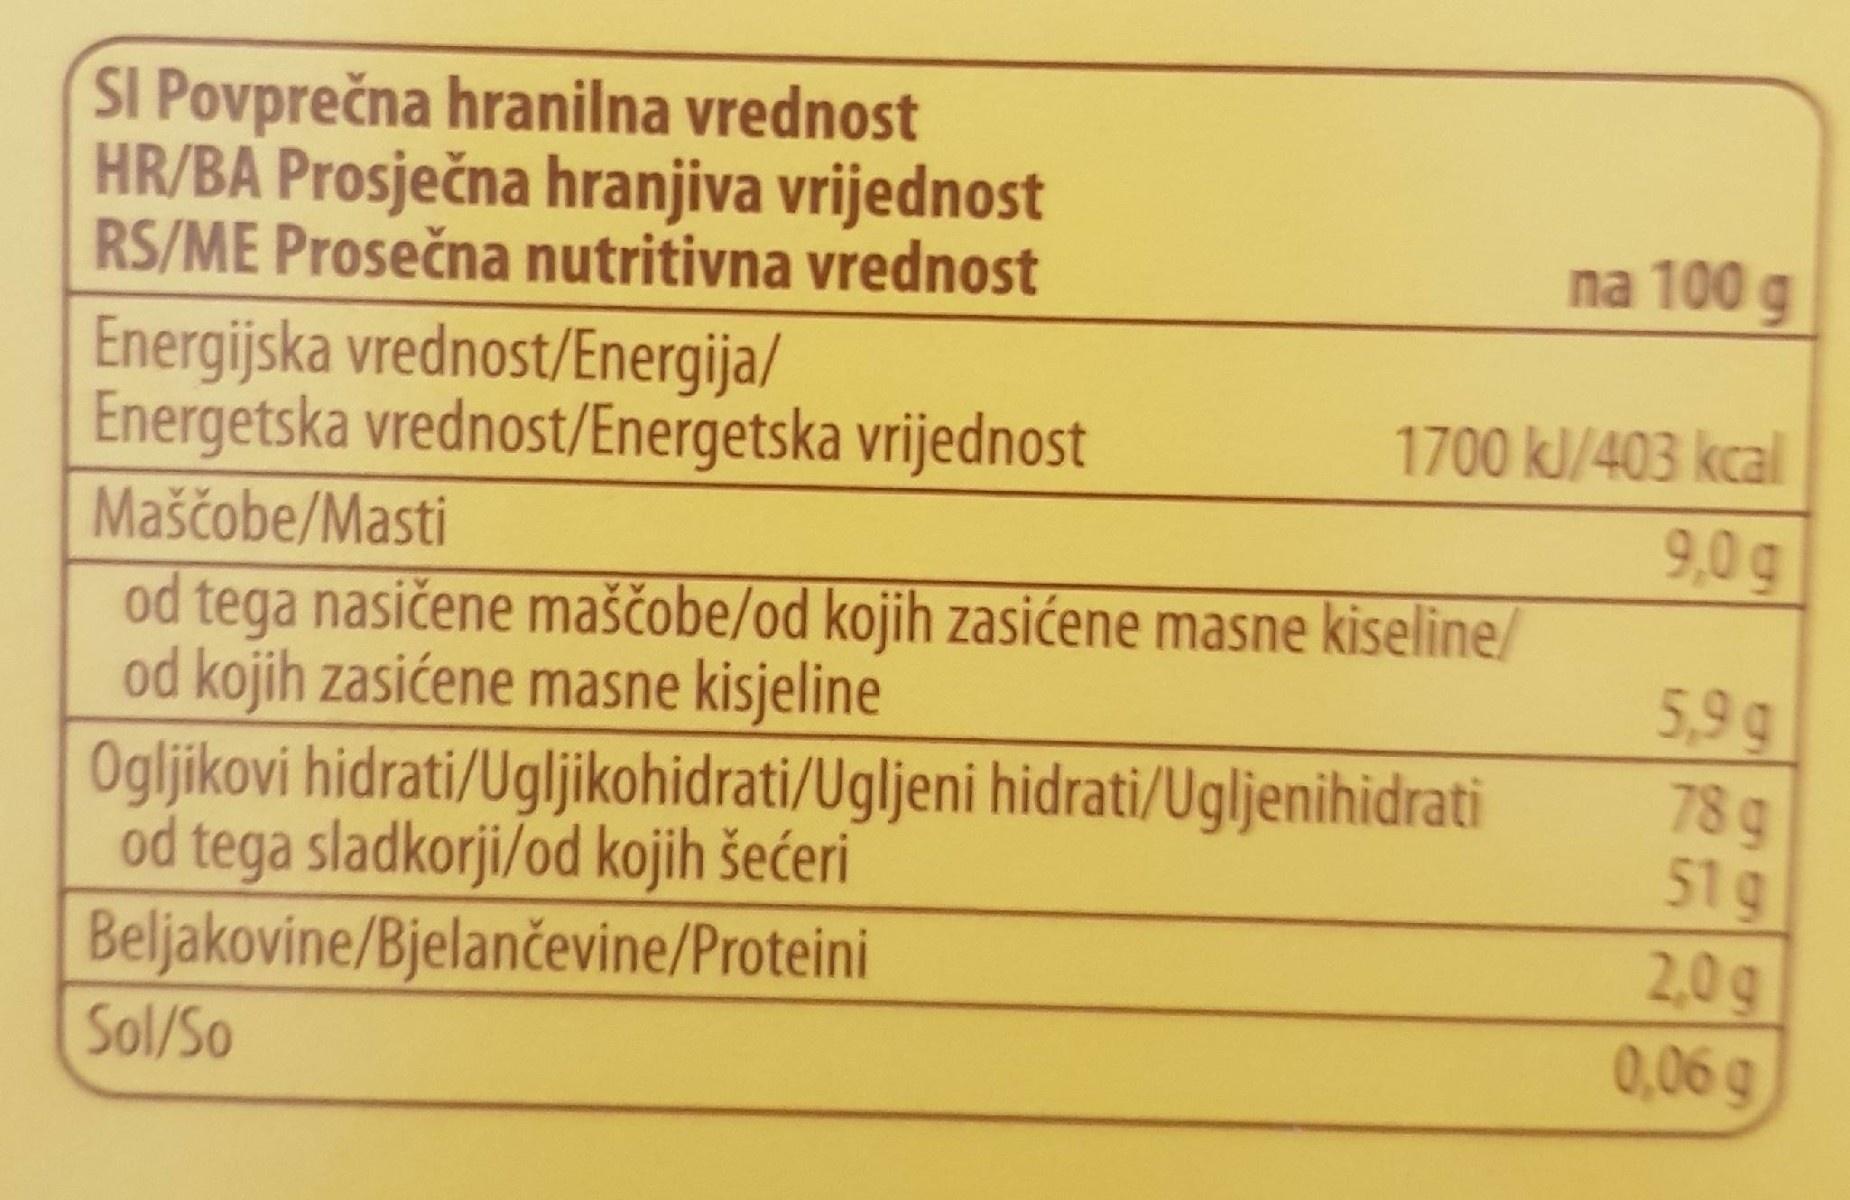
SI Povprečna hranilna vrednost HR/BA Prosječna hranjiva vrijednost RS/ME Prosečna nutritivna vrednost
na 100 g
Energijska vrednost/Energija/ Energetska vrednost/Energetska vrijednost
1700 kJ/403 kcal
Maščobe/Masti
9,0g
od tega nasičene maščobe/od kojih zasićene masne kiseline/ od kojih zasićene masne kisjeline Ogljikovi hidrati/Ugljikohidrati/Ugljeni hidrati/Ugljenihidrati od tega sladkorji/od kojih šećeri Beljakovine/Bjelančevine/Proteini Sol/So
5,9g 78 g 51g
2,0g 0,06 g